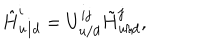
\hat { H } _ { u / d } ^ { i } = U _ { u / d } ^ { i j } \tilde { H } _ { u / d } ^ { j } ,